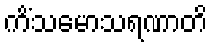
ကိံသမောသရဏာတိ